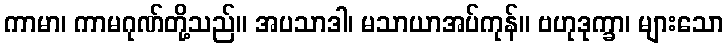
ကာမာ၊ ကာမဂုဏ်တို့သည်။ အပသာဒါ၊ မသာယာအပ်ကုန်။ ဗဟုဒုက္ခာ၊ များသော